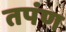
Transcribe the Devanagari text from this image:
तपंण